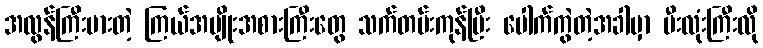
အလွန်ကြီးမားတဲ့ ကြယ်အမျိုးအစားကြီးတွေ သက်တမ်းကုန်ပြီး ပေါက်ကွဲတဲ့အခါမှာ မီးလုံးကြီးလို